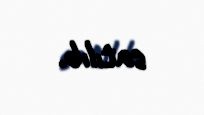
satılıb.